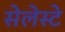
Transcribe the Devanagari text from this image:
सेलेस्टे